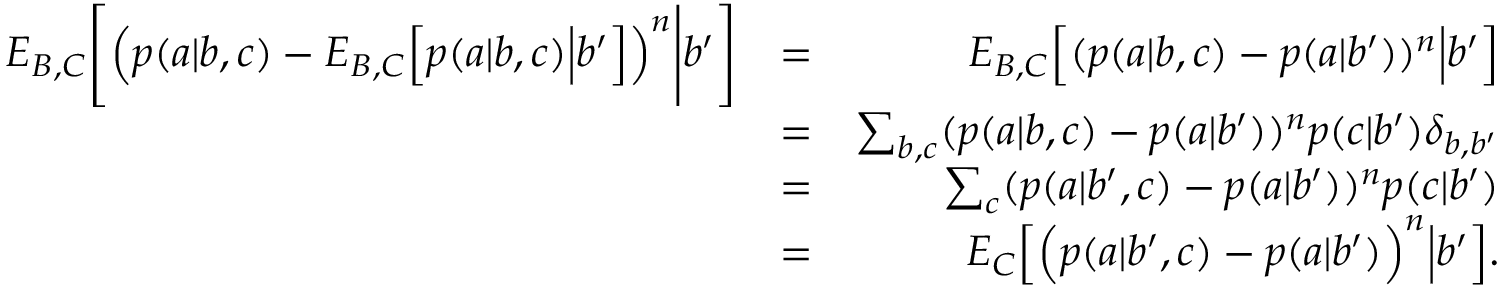
\begin{array} { r l r } { { E } _ { B , C } \Bigg [ \Big ( p ( a | b , c ) - { E } _ { B , C } \Big [ p ( a | b , c ) \Big | b ^ { \prime } \Big ] \Big ) ^ { n } \Bigg | b ^ { \prime } \Bigg ] } & { = } & { { E } _ { B , C } \Big [ ( p ( a | b , c ) - p ( a | b ^ { \prime } ) ) ^ { n } \Big | b ^ { \prime } \Big ] } \\ & { = } & { \sum _ { b , c } ( p ( a | b , c ) - p ( a | b ^ { \prime } ) ) ^ { n } p ( c | b ^ { \prime } ) \delta _ { b , b ^ { \prime } } } \\ & { = } & { \sum _ { c } ( p ( a | b ^ { \prime } , c ) - p ( a | b ^ { \prime } ) ) ^ { n } p ( c | b ^ { \prime } ) } \\ & { = } & { { E } _ { C } \Big [ \Big ( p ( a | b ^ { \prime } , c ) - p ( a | b ^ { \prime } ) \Big ) ^ { n } \Big | b ^ { \prime } \Big ] . } \end{array}